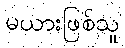
မယားဖြစ်သူ